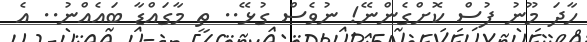
ހާދަ މޫނު ފުސް ކޮށްގެންނޭ! ނުވެސް ގުޅޭ.. ތީ މާގައްޑާ ބައެއްނު.. އެ